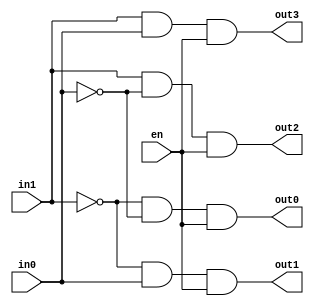
module decoder_2to4(
  input wire en,
  input wire in0,
  input wire in1,
  output wire out0,
  output wire out1,
  output wire out2,
  output wire out3
);

  assign out0 = (~in1 & ~in0) & en;
  assign out1 = (~in1 & in0) & en;
  assign out2 = (in1 & ~in0) & en;
  assign out3 = (in1 & in0) & en;

endmodule